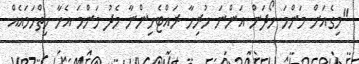
"މިގެއަށް މަންމަ ހޯދަން އަންނަ ހުރިހާ ރައްޓެހިންނާ މެދު މަންމަ އެހާ ހިތްހަމައެއް